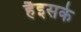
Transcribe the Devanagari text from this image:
हैइसके